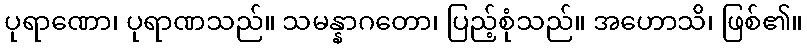
ပုရာဏော၊ ပုရာဏသည်။ သမန္နာဂတော၊ ပြည့်စုံသည်။ အဟောသိ၊ ဖြစ်၏။